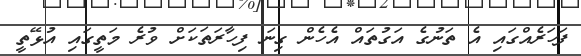
ފަހަރެއްގައި އެ ތަނުގެ އަގުތައް އެހެން ގިނަ ފިހާރަތަކަށް ވުރެ މަތީގައި އުޅޭތީ